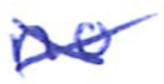
Text: no
Cross-out: cross
Writing tool: ballpoint